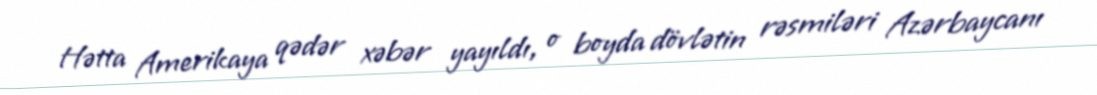
Hətta Amerikaya qədər xəbər yayıldı, o boyda dövlətin rəsmiləri Azərbaycanı